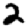
Digit: 2